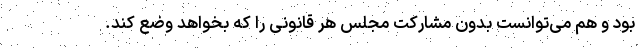
بود و هم می‌توانست بدون مشارکت مجلس هر قانونی را که بخواهد وضع کند.